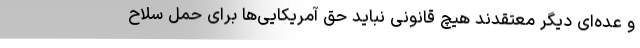
و عده‌ای دیگر معتقدند هیچ قانونی نباید حق آمریکایی‌ها برای حمل سلاح